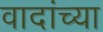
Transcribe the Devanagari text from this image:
वादांच्या